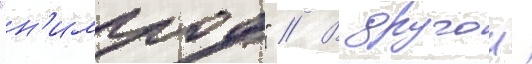
"н'имрод" // В другои